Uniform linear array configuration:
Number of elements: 24
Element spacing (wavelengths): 0.25
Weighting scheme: kaiser
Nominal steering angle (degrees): -15
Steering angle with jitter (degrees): -15.634
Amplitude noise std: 0.05
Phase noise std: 0.05

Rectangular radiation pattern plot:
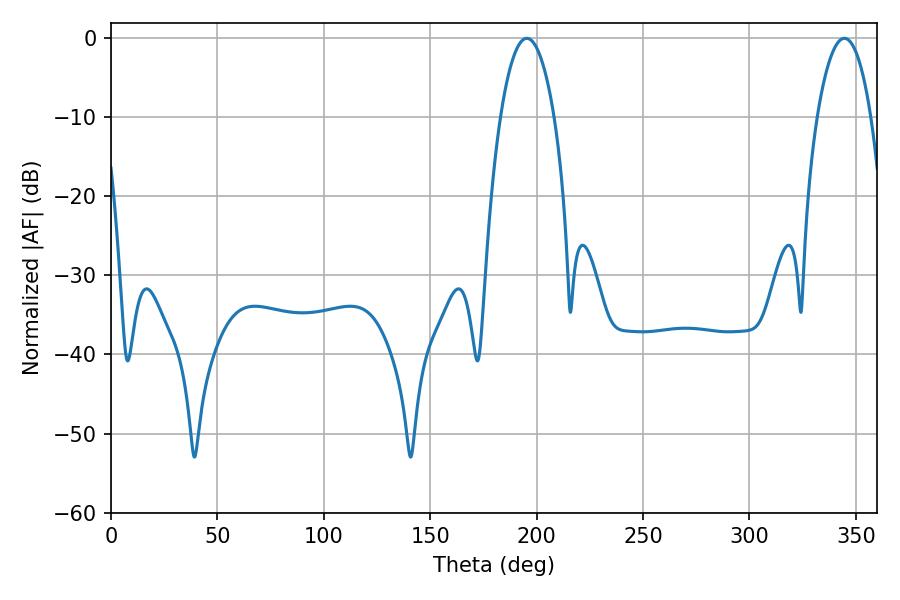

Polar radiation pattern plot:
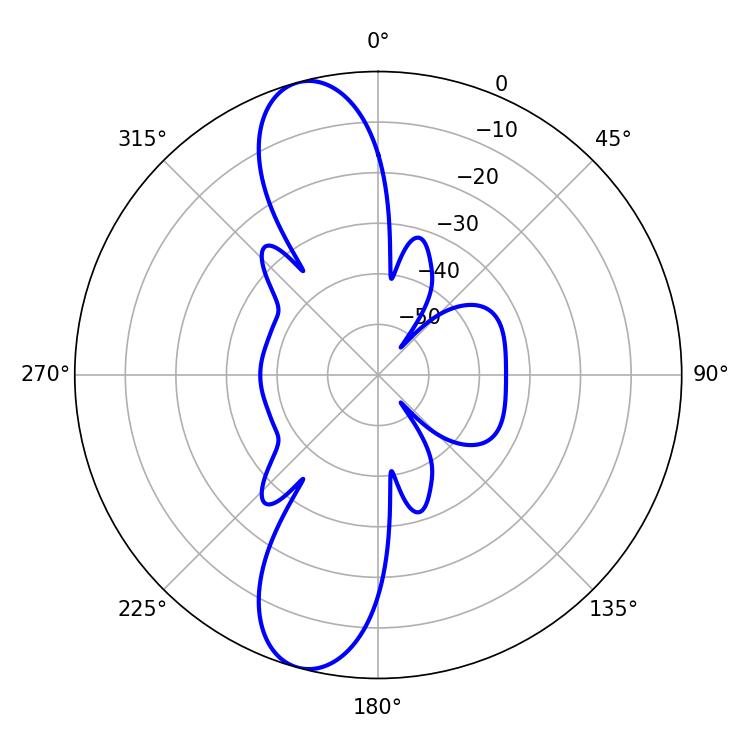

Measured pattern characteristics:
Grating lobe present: FALSE
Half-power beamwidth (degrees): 14.04
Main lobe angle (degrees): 195.48